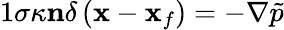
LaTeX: \begin{array}{r}{{1}\sigma\kappa\mathbf{n}\delta\left(\mathbf{x}-\mathbf{x}_{f}\right)=-\nabla\tilde{p}}\end{array}